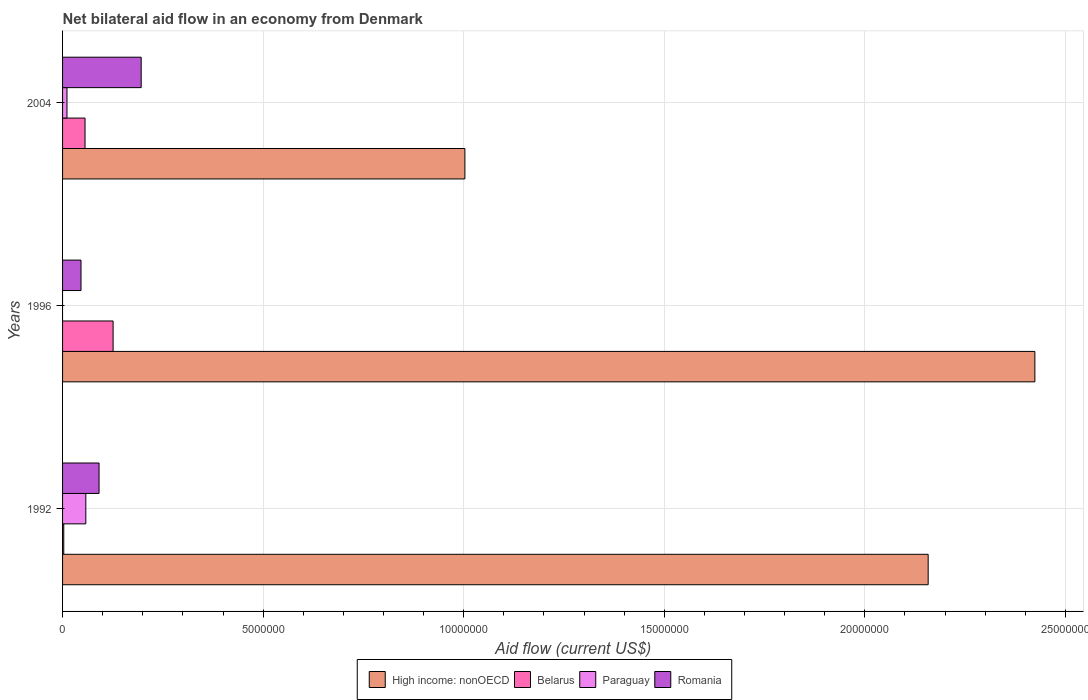
| Years | High income: nonOECD | Belarus | Paraguay | Romania |
 | --- | --- | --- | --- | --- |
 | 1992 | 2.16e+07 | 3e+04 | 5.8e+05 | 9.1e+05 |
 | 1996 | 2.42e+07 | 1.26e+06 | -5e+05 | 4.6e+05 |
 | 2004 | 1e+07 | 5.6e+05 | 1.1e+05 | 1.96e+06 |